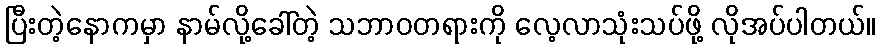
ပြီးတဲ့နောကမှာ နာမ်လို့ခေါ်တဲ့ သဘာဝတရားကို လေ့လာသုံးသပ်ဖို့ လိုအပ်ပါတယ်။